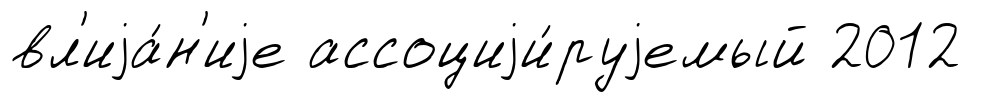
вл'иjа́н'иjе ассоциjи́руjемый 2012